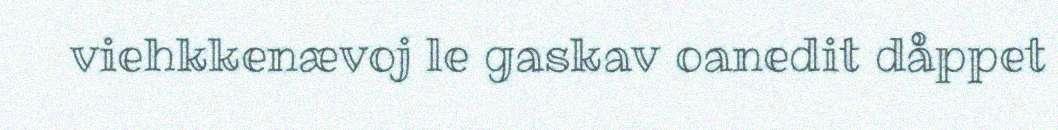
viehkkenævoj le gaskav oanedit dåppet